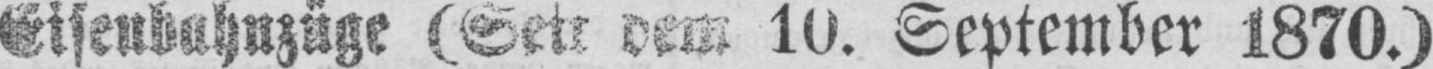
Eisenbahnzüge (Seit dem 10. September 1870.)